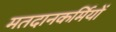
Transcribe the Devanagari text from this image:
मतदानकर्मियों